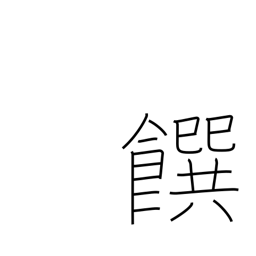
Meaning: food